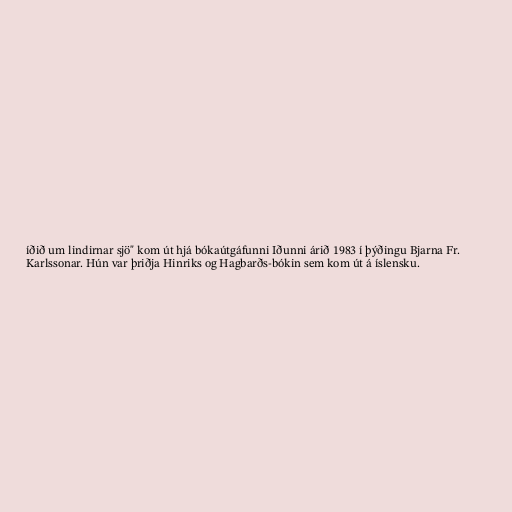
íðið um lindirnar sjö" kom út hjá bókaútgáfunni Iðunni árið 1983 í þýðingu Bjarna Fr.
Karlssonar. Hún var þriðja Hinriks og Hagbarðs-bókin sem kom út á íslensku.